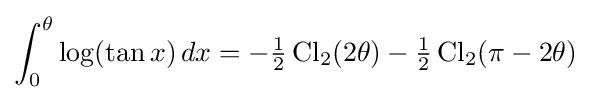
\int _{0}^{\theta }\log(\tan x)\,dx=-{\tfrac {1}{2}}\operatorname {Cl} _{2}(2\theta )-{\tfrac {1}{2}}\operatorname {Cl} _{2}(\pi -2\theta )